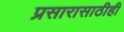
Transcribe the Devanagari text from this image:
प्रसारासाठीही